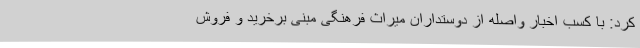
کرد: با کسب اخبار واصله از دوستداران میراث فرهنگی مبنی برخرید و فروش